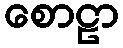
စောဠာ